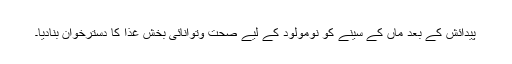
پیدائش کے بعد ماں کے سینے کو نومولود کے لیے صحت وتوانائی بخش غذا کا دسترخوان بنادیا۔